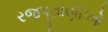
રજપૂતાણીઓ